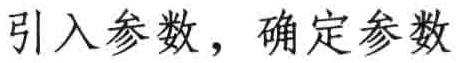
引入参数，确定参数